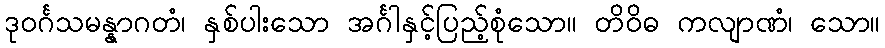
ဒုဝင်္ဂသမန္နာဂတံ၊ နှစ်ပါးသော အင်္ဂါနှင့်ပြည့်စုံသော။ တိဝိဓ ကလျာဏံ၊ သော။